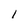
Character: 1